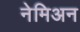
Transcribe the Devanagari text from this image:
नेमिअन